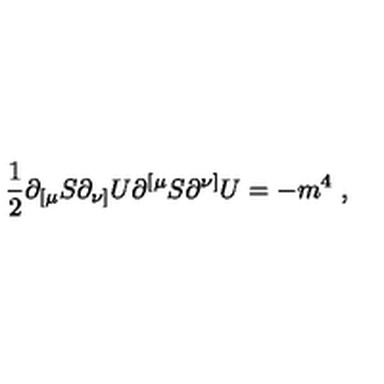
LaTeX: { \frac { 1 } { 2 } } \partial _ { [ \mu } S \partial _ { \nu ] } U \partial ^ { [ \mu } S \partial ^ { \nu ] } U = - m ^ { 4 } \ ,